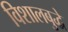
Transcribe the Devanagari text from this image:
विशालबुद्धे